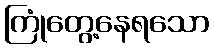
ကြုံတွေ့နေရသော